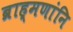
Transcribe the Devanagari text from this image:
ब्राह्मणांनि